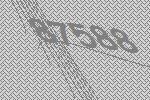
87588